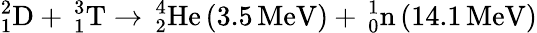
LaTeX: _{1}^{2}\mathrm{D}+\, _{1}^{3}\mathrm{T}\rightarrow\, _{2}^{4}\mathrm{He}\left(3.5\, \mathrm{MeV}\right)+\, _{0}^{1}\mathrm{n}\left(14.1\, \mathrm{MeV}\right)